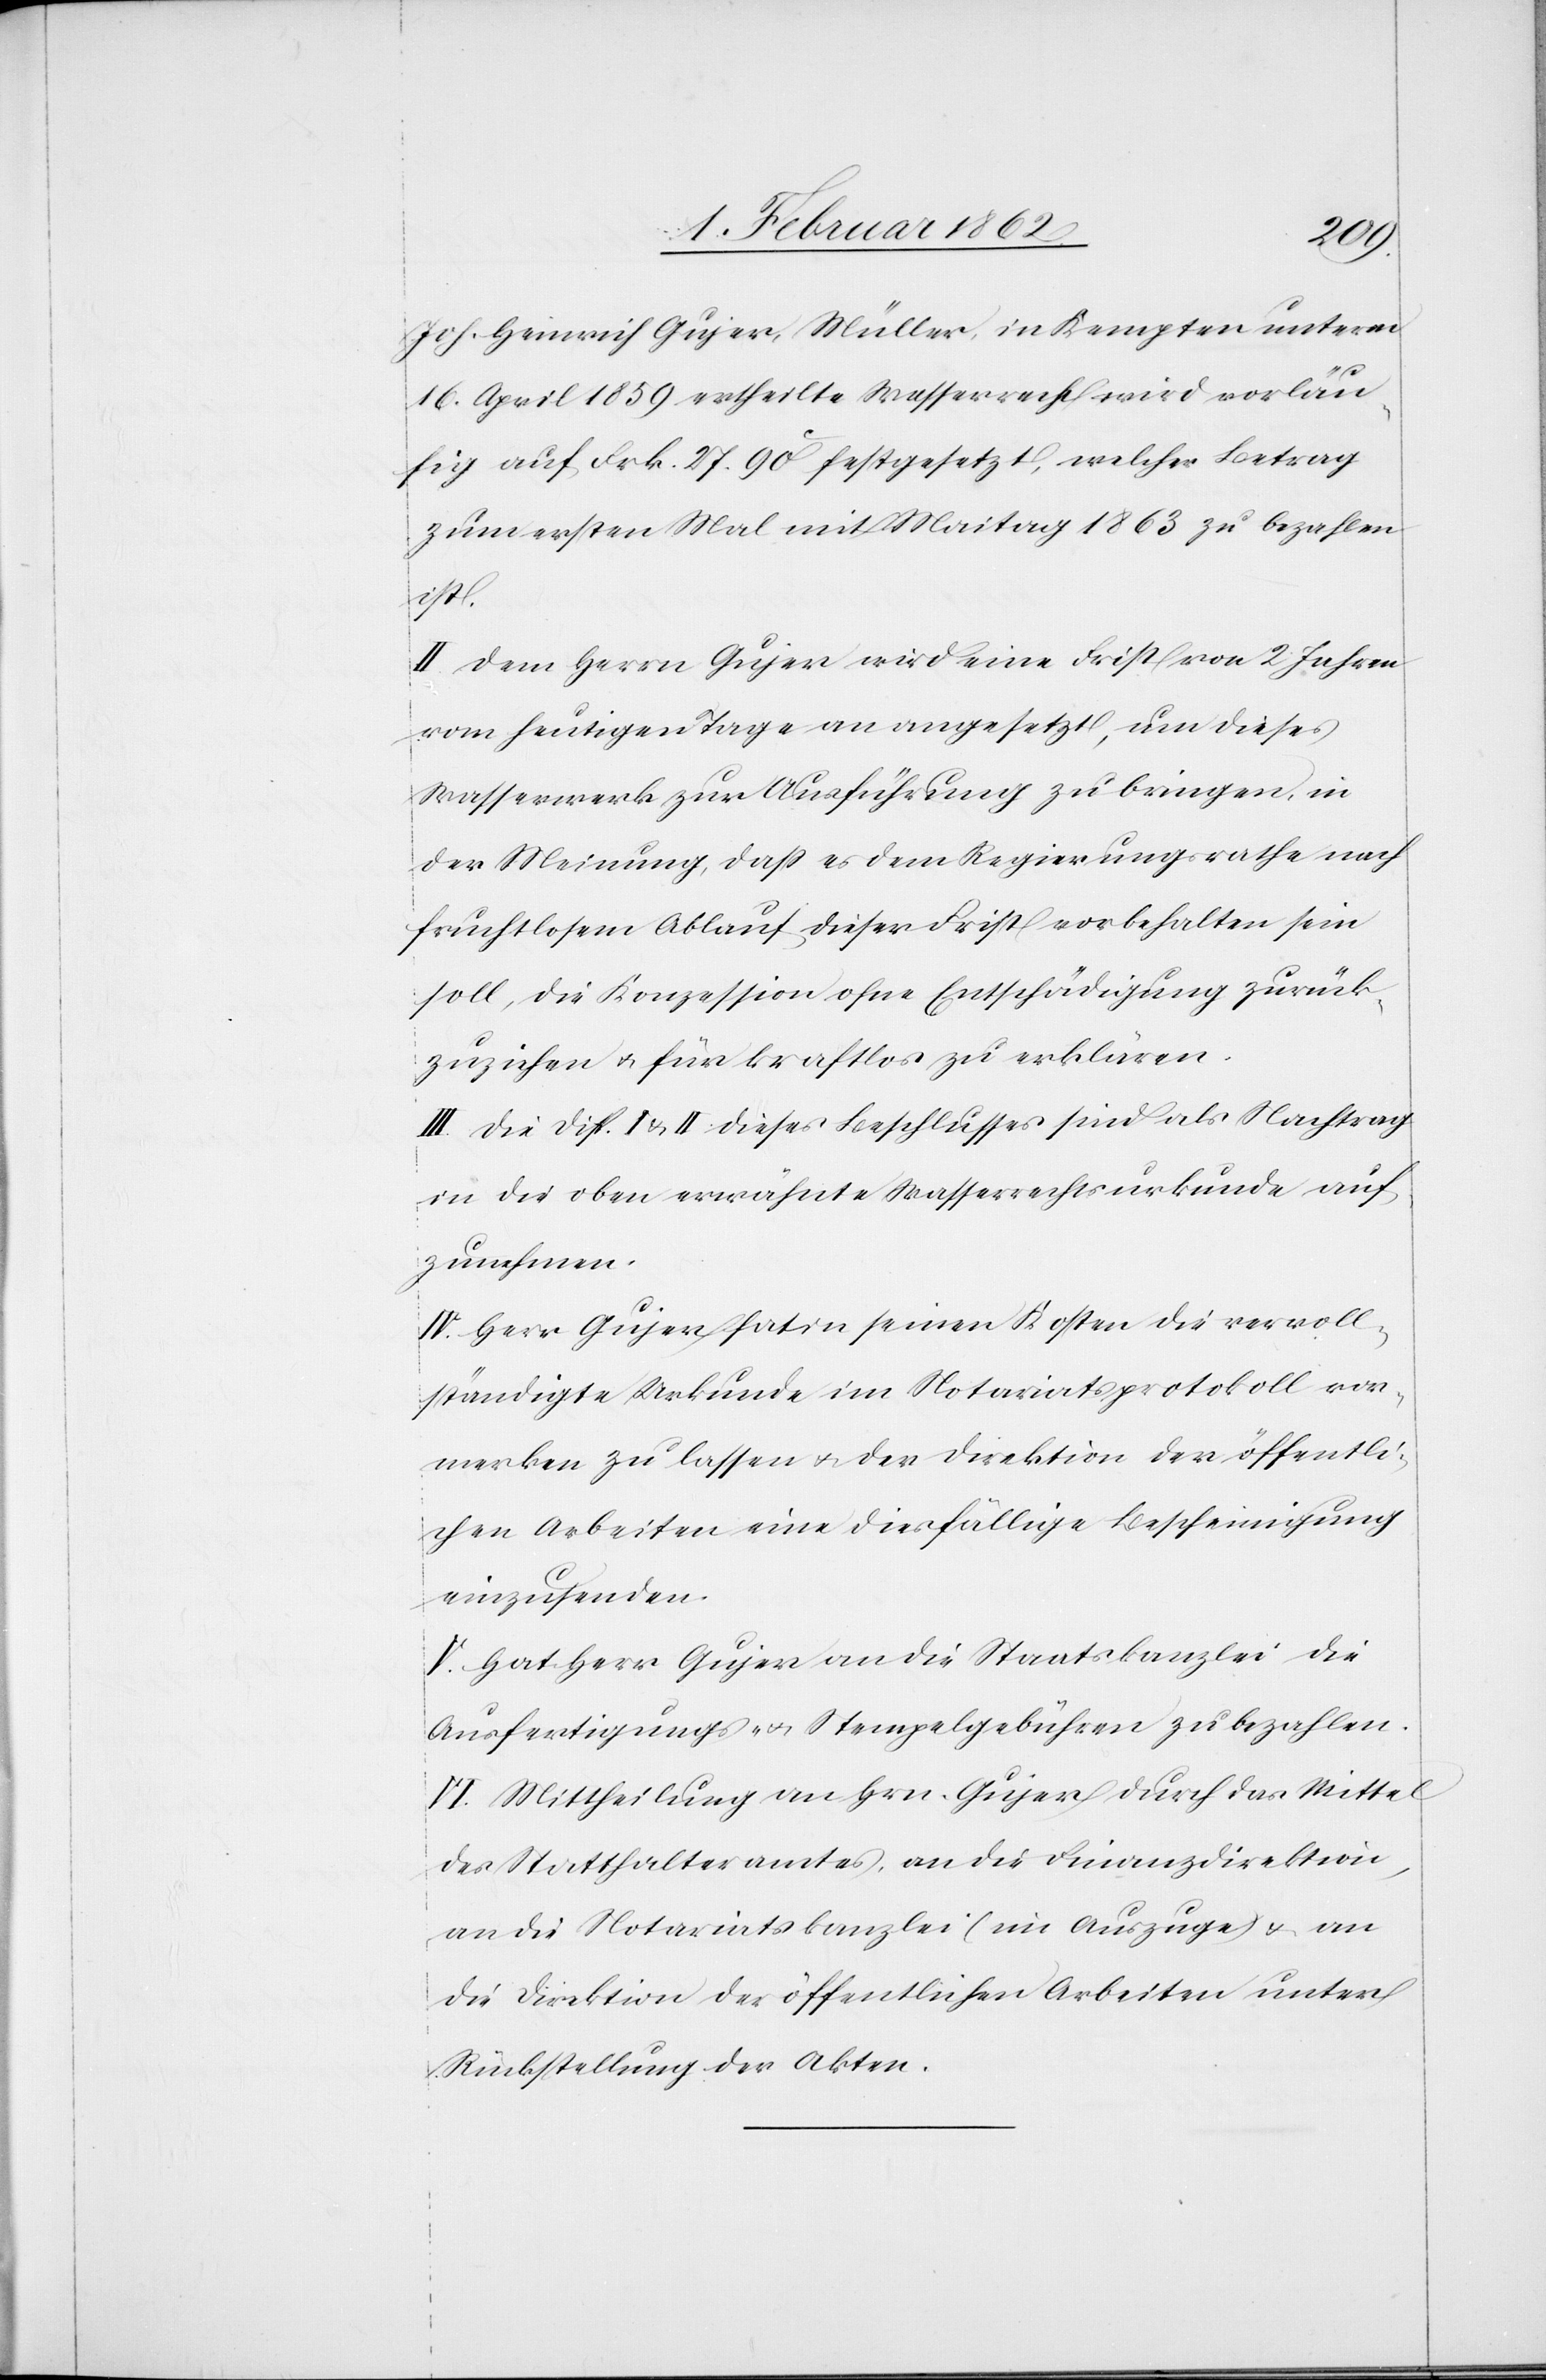
Joh. Heinrich Gujer, Müller, in Kempten unterm
16. April 1859 ertheilte Wasserrecht wird vorläu¬
fig auf Frk. 27. 90c festgesetzt, welcher Betrag
zum ersten Mal mit Maitag 1863 zu bezahlen
ist.
II. dem Herrn Gujer wird eine Frist von 2 Jahren
vom heutigen Tage an angesetzt, um dieses
Wasserwerk zur Ausführung zu bringen, in
der Meinung, daß es dem Regierungsrathe nach
fruchtlosem Ablauf dieser Frist vorbehalten sein
soll, die Konzession ohne Entschädigung zurück¬
zuziehen u. für kraftlos zu erklären.
III. die Disp. I & II dieses Beschlusses sind als Nachtrag
in die oben erwähnte Wasserrechtsurkunde auf¬
zunehmen.
IV. Herr Gujer hat in seinen Kosten die vervoll¬
ständigte Urkunde im Notariatsprotokoll vor¬
merken zu lassen u. der Direktion der öffentli¬
chen Arbeiten eine diesfällige Bescheinigung
einzusenden.
V. Hat Herr Gujer an die Staatskanzlei die
Ausfertigungs- u. Stempelgebühren zu bezahlen.
VI. Mittheilung an Hrn. Gujer durch das Mittel
des Statthalteramtes, an die Finanzdirektion,
an die Notariatskanzlei (im Auszuge) u. an
die Direktion der öffentlichen Arbeiten unter
Rückstellung der Akten.